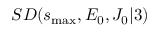
S D ( s _ { \mathrm { m a x } } , E _ { 0 } , J _ { 0 } \vert 3 )